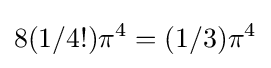
8(1/4!)\pi ^{4}=(1/3)\pi ^{4}